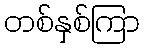
တစ်နှစ်ကြာ